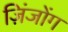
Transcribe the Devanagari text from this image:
ज़िंजोंग